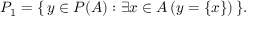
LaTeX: P _ { 1 } = \{ \, y \in P ( A ) : \exists x \in A \, ( y = \{ x \} ) \, \} .